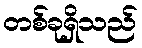
တစ်ခုရှိသည်